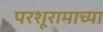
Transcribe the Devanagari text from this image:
परशूरामाच्या